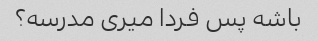
باشه پس فردا میری مدرسه؟